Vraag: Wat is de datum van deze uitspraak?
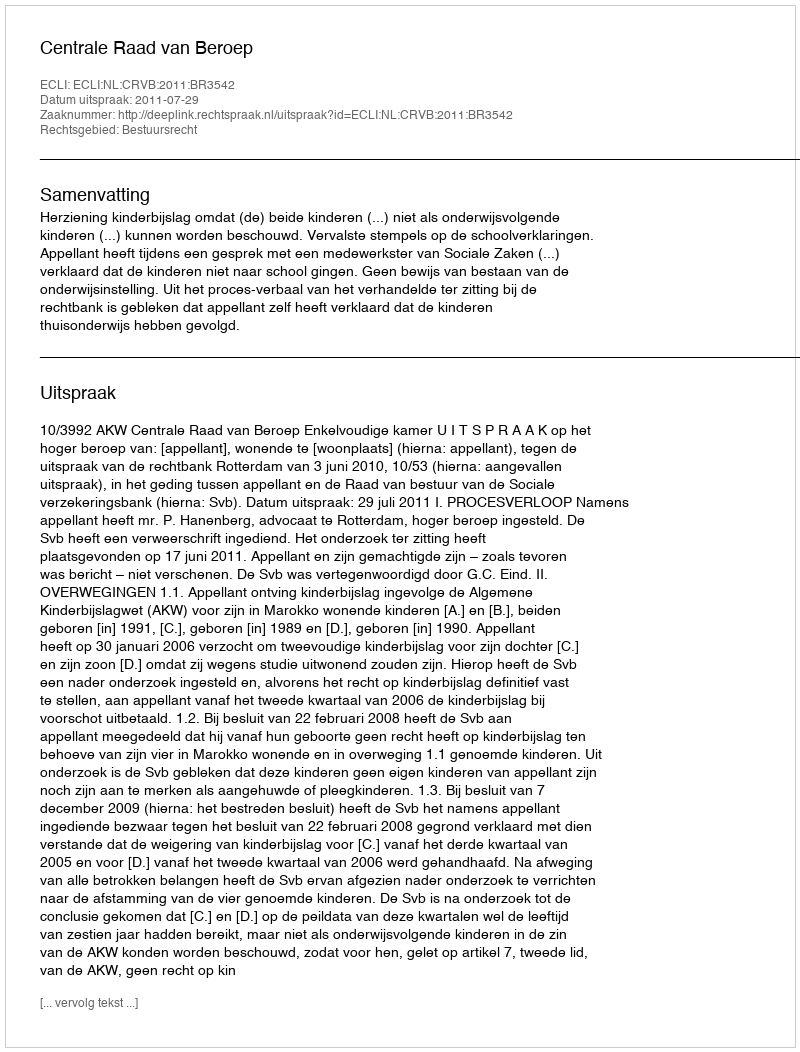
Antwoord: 2011-07-29